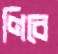
ণিবে